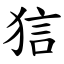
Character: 狺